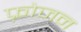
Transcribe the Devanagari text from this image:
फ़्रोजन